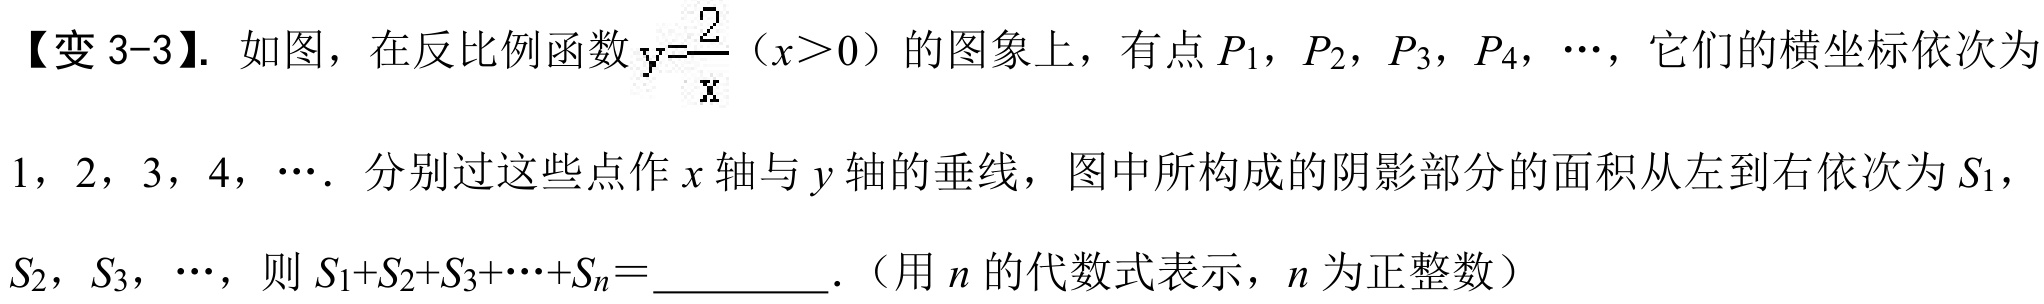
【变3-3】. 如图，在反比例函数\(y = \frac{2}{x}(x > 0)\)的图象上，有点\(P_{1}\)，\(P_{2}\)，\(P_{3}\)，\(P_{4}\)，\(\cdots\)，它们的横坐标依次为
\(1\)，\(2\)，\(3\)，\(4\)，\(\cdots\). 分别过这些点作\(x\)轴与\(y\)轴的垂线，图中所构成的阴影部分的面积从左到右依次为\(S_{1}\)，
\(S_{2}\)，\(S_{3}\)，\(\cdots\)，则\(S_{1} + S_{2} + S_{3}+\cdots+S_{n} =\underline{\quad\quad}\).（用\(n\)的代数式表示，\(n\)为正整数）